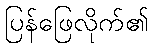
ပြန်ဖြေလိုက်၏